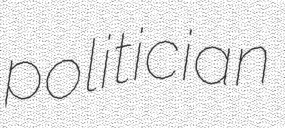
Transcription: politician